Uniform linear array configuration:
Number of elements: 12
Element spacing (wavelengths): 1
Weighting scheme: binomial
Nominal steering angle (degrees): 45
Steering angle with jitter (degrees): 45.775
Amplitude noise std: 0.05
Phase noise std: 0.05

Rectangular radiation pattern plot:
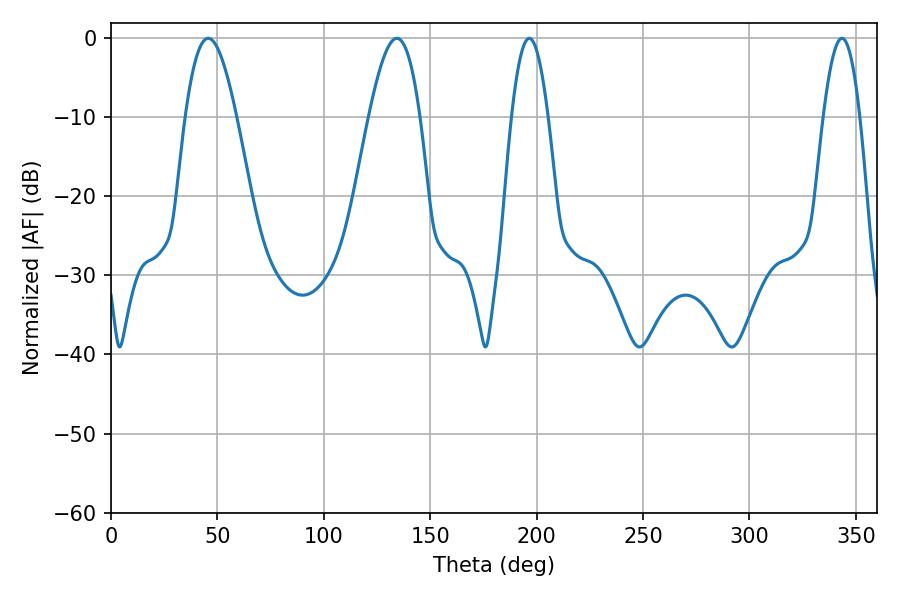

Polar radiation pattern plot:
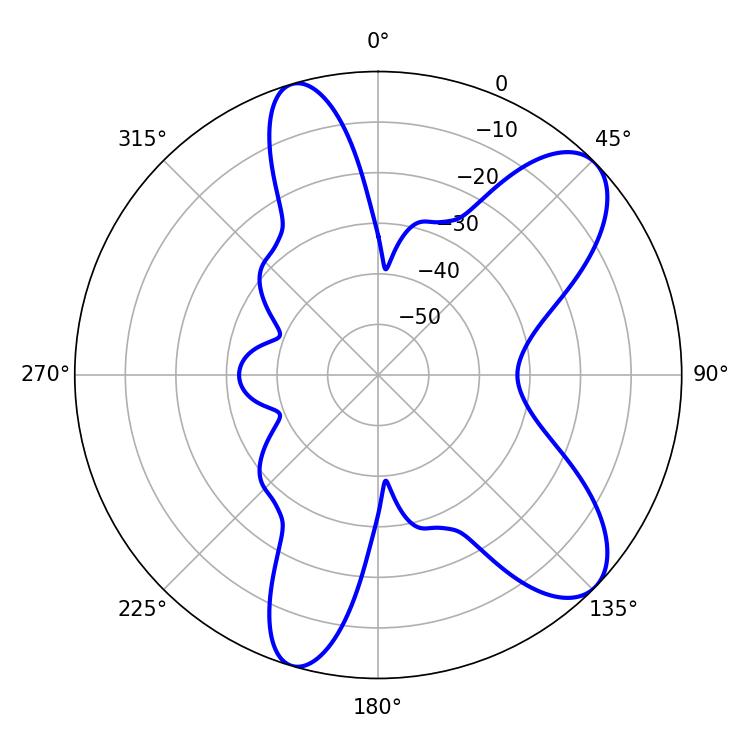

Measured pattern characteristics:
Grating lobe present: TRUE
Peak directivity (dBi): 8.947
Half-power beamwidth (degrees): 9.36
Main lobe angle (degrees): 196.56